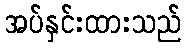
အပ်နှင်းထားသည်